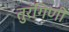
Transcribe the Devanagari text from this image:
तुरंगिणी